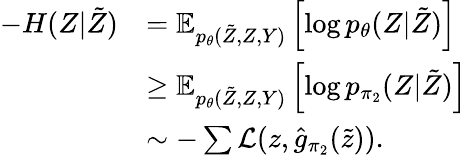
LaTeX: \begin{array}{rl}{-H(Z|\tilde{Z})}&{=\mathbb{E}_{p_{\theta}(\tilde{Z},Z,Y)}\left[\log p_{\theta}(Z|\tilde{Z})\right]}\\ &{\ge\mathbb{E}_{p_{\theta}(\tilde{Z},Z,Y)}\left[\log p_{{\pi_{2}}}(Z|\tilde{Z})\right]}\\ &{\sim-\sum\mathcal{L}(z,\hat{g}_{\pi_{2}}(\tilde{z})).}\end{array}